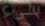
سىء